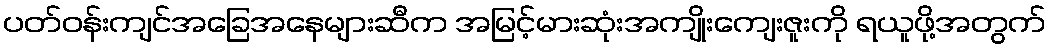
ပတ်ဝန်းကျင်အခြေအနေများဆီက အမြင့်မားဆုံးအကျိုးကျေးဇူးကို ရယူဖို့အတွက်